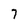
Character: 7